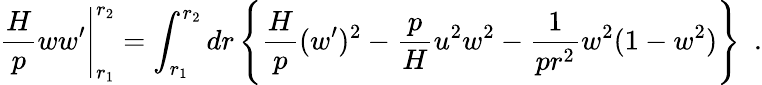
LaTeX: \frac{H}{p}ww^{\prime}\Bigg|_{r_{1}}^{r_{2}}=\int_{r_{1}}^{r_{2}}dr\, \Bigg\{ \frac{H}{p}(w^{\prime})^{2}-\frac{p}{H}u^{2}w^{2}-\frac{1}{pr^{2}}w^{2}(1-w^{2})\Bigg\} ~~.